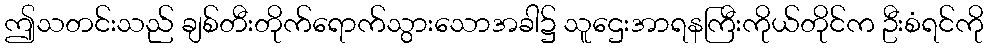
ဤသတင်းသည် ချစ်တီးတိုက်ရောက်သွားသောအခါ၌ သူဌေးအာရနကြီးကိုယ်တိုင်က ဦးစံရင်ကို